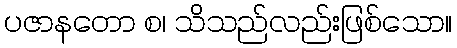
ပဇာနတော စ၊ သိသည်လည်းဖြစ်သော။